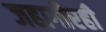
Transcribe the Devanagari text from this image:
जहागीरही